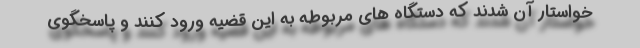
خواستار آن شدند که دستگاه های مربوطه به این قضیه ورود کنند و پاسخگوی